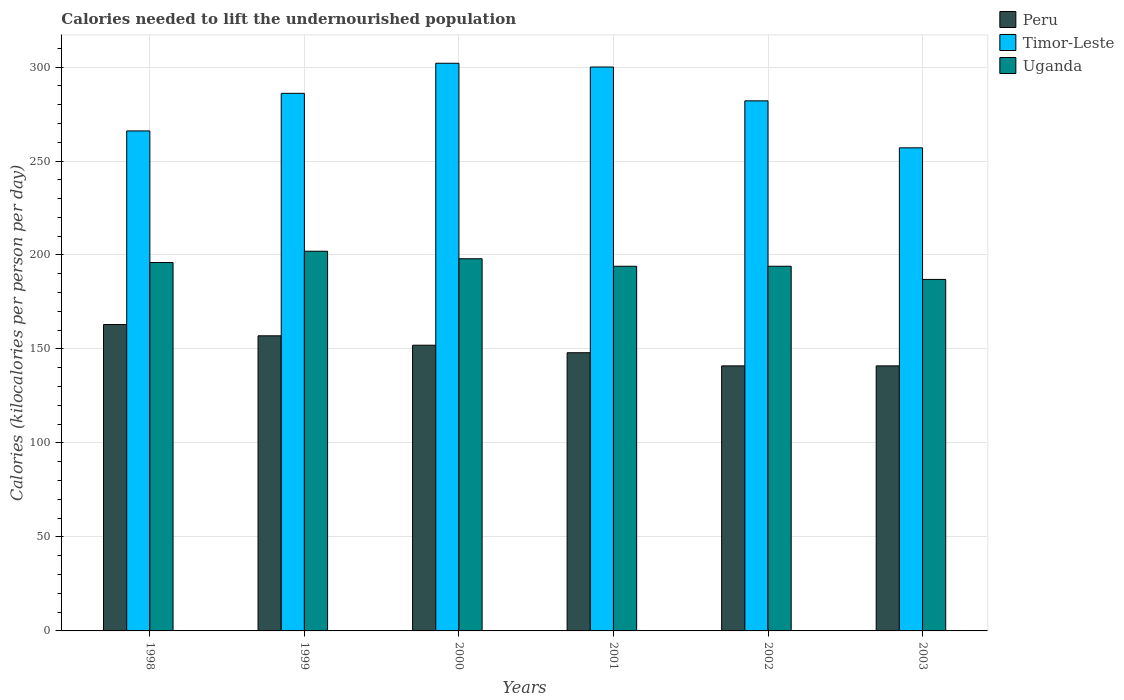
| Years | Peru | Timor-Leste | Uganda |
 | --- | --- | --- | --- |
 | 1998 | 163 | 266 | 196 |
 | 1999 | 157 | 286 | 202 |
 | 2000 | 152 | 302 | 198 |
 | 2001 | 148 | 300 | 194 |
 | 2002 | 141 | 282 | 194 |
 | 2003 | 141 | 257 | 187 |